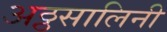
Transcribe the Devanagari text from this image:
अठ्ठसालिनी